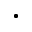
\cdot